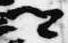
卿